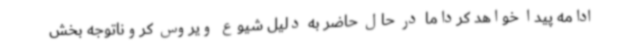
ادامه پیدا خواهد کرداما در حال حاضر به دلیل شیوع ویروس کروناتوجه بخش